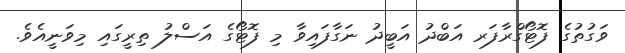
ވަގުތުގެ ފޮޓޯގްރާފަރ އަބްދު އަބީދު ނަގާފައިވާ މި ފޮޓޯގެ އަސްލު ތިރީގައި މިވަނީއެވެ.